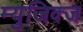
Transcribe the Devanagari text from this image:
म्युजिक्ज